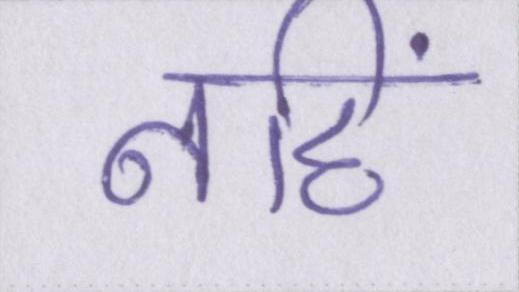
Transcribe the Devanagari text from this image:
नहिं